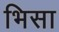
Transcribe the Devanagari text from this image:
भिसा